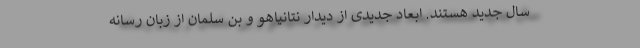
سال جدید هستند. ابعاد جدیدی از دیدار نتانیاهو و بن سلمان از زبان رسانه